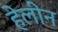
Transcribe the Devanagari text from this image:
हेलीन